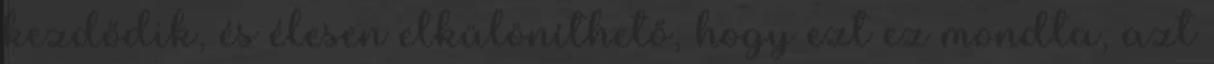
kezdődik, és élesen elkülöníthető, hogy ezt ez mondta, azt